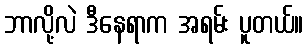
ဘာလို့လဲ ဒီနေရာက အရမ်း ပူတယ်။